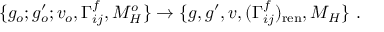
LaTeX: \{ g _ { o } ; g _ { o } ^ { \prime } ; v _ { o } , \Gamma _ { i j } ^ { f } , M _ { H } ^ { o } \} \to \{ g , g ^ { \prime } , v , ( \Gamma _ { i j } ^ { f } ) _ { \mathrm { r e n } } , M _ { H } \} ~ .